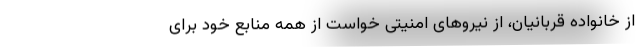
از خانواده قربانیان، از نیروهای امنیتی خواست از همه منابع خود برای